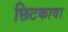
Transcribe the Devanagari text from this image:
छिटकावा